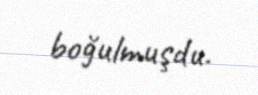
boğulmuşdu.